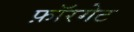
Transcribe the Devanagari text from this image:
फ़ॉरगेट